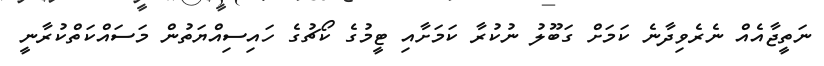
ނަތީޖާއެއް ނެރެވިދާނެ ކަމަށް ގަބޫލު ނުކުރާ ކަމަށާއި ޓީމުގެ ކޯޗުގެ ހައިސިއްޔަތުން މަސައްކަތްކުރާނީ